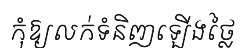
កុំឱ្យលក់ទំនិញឡើងថ្លៃ